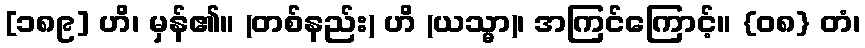
[၁၈၉] ဟိ၊ မှန်၏။ (တစ်နည်း) ဟိ (ယသ္မာ)၊ အကြင်ကြောင့်။ {၀၈} တံ၊